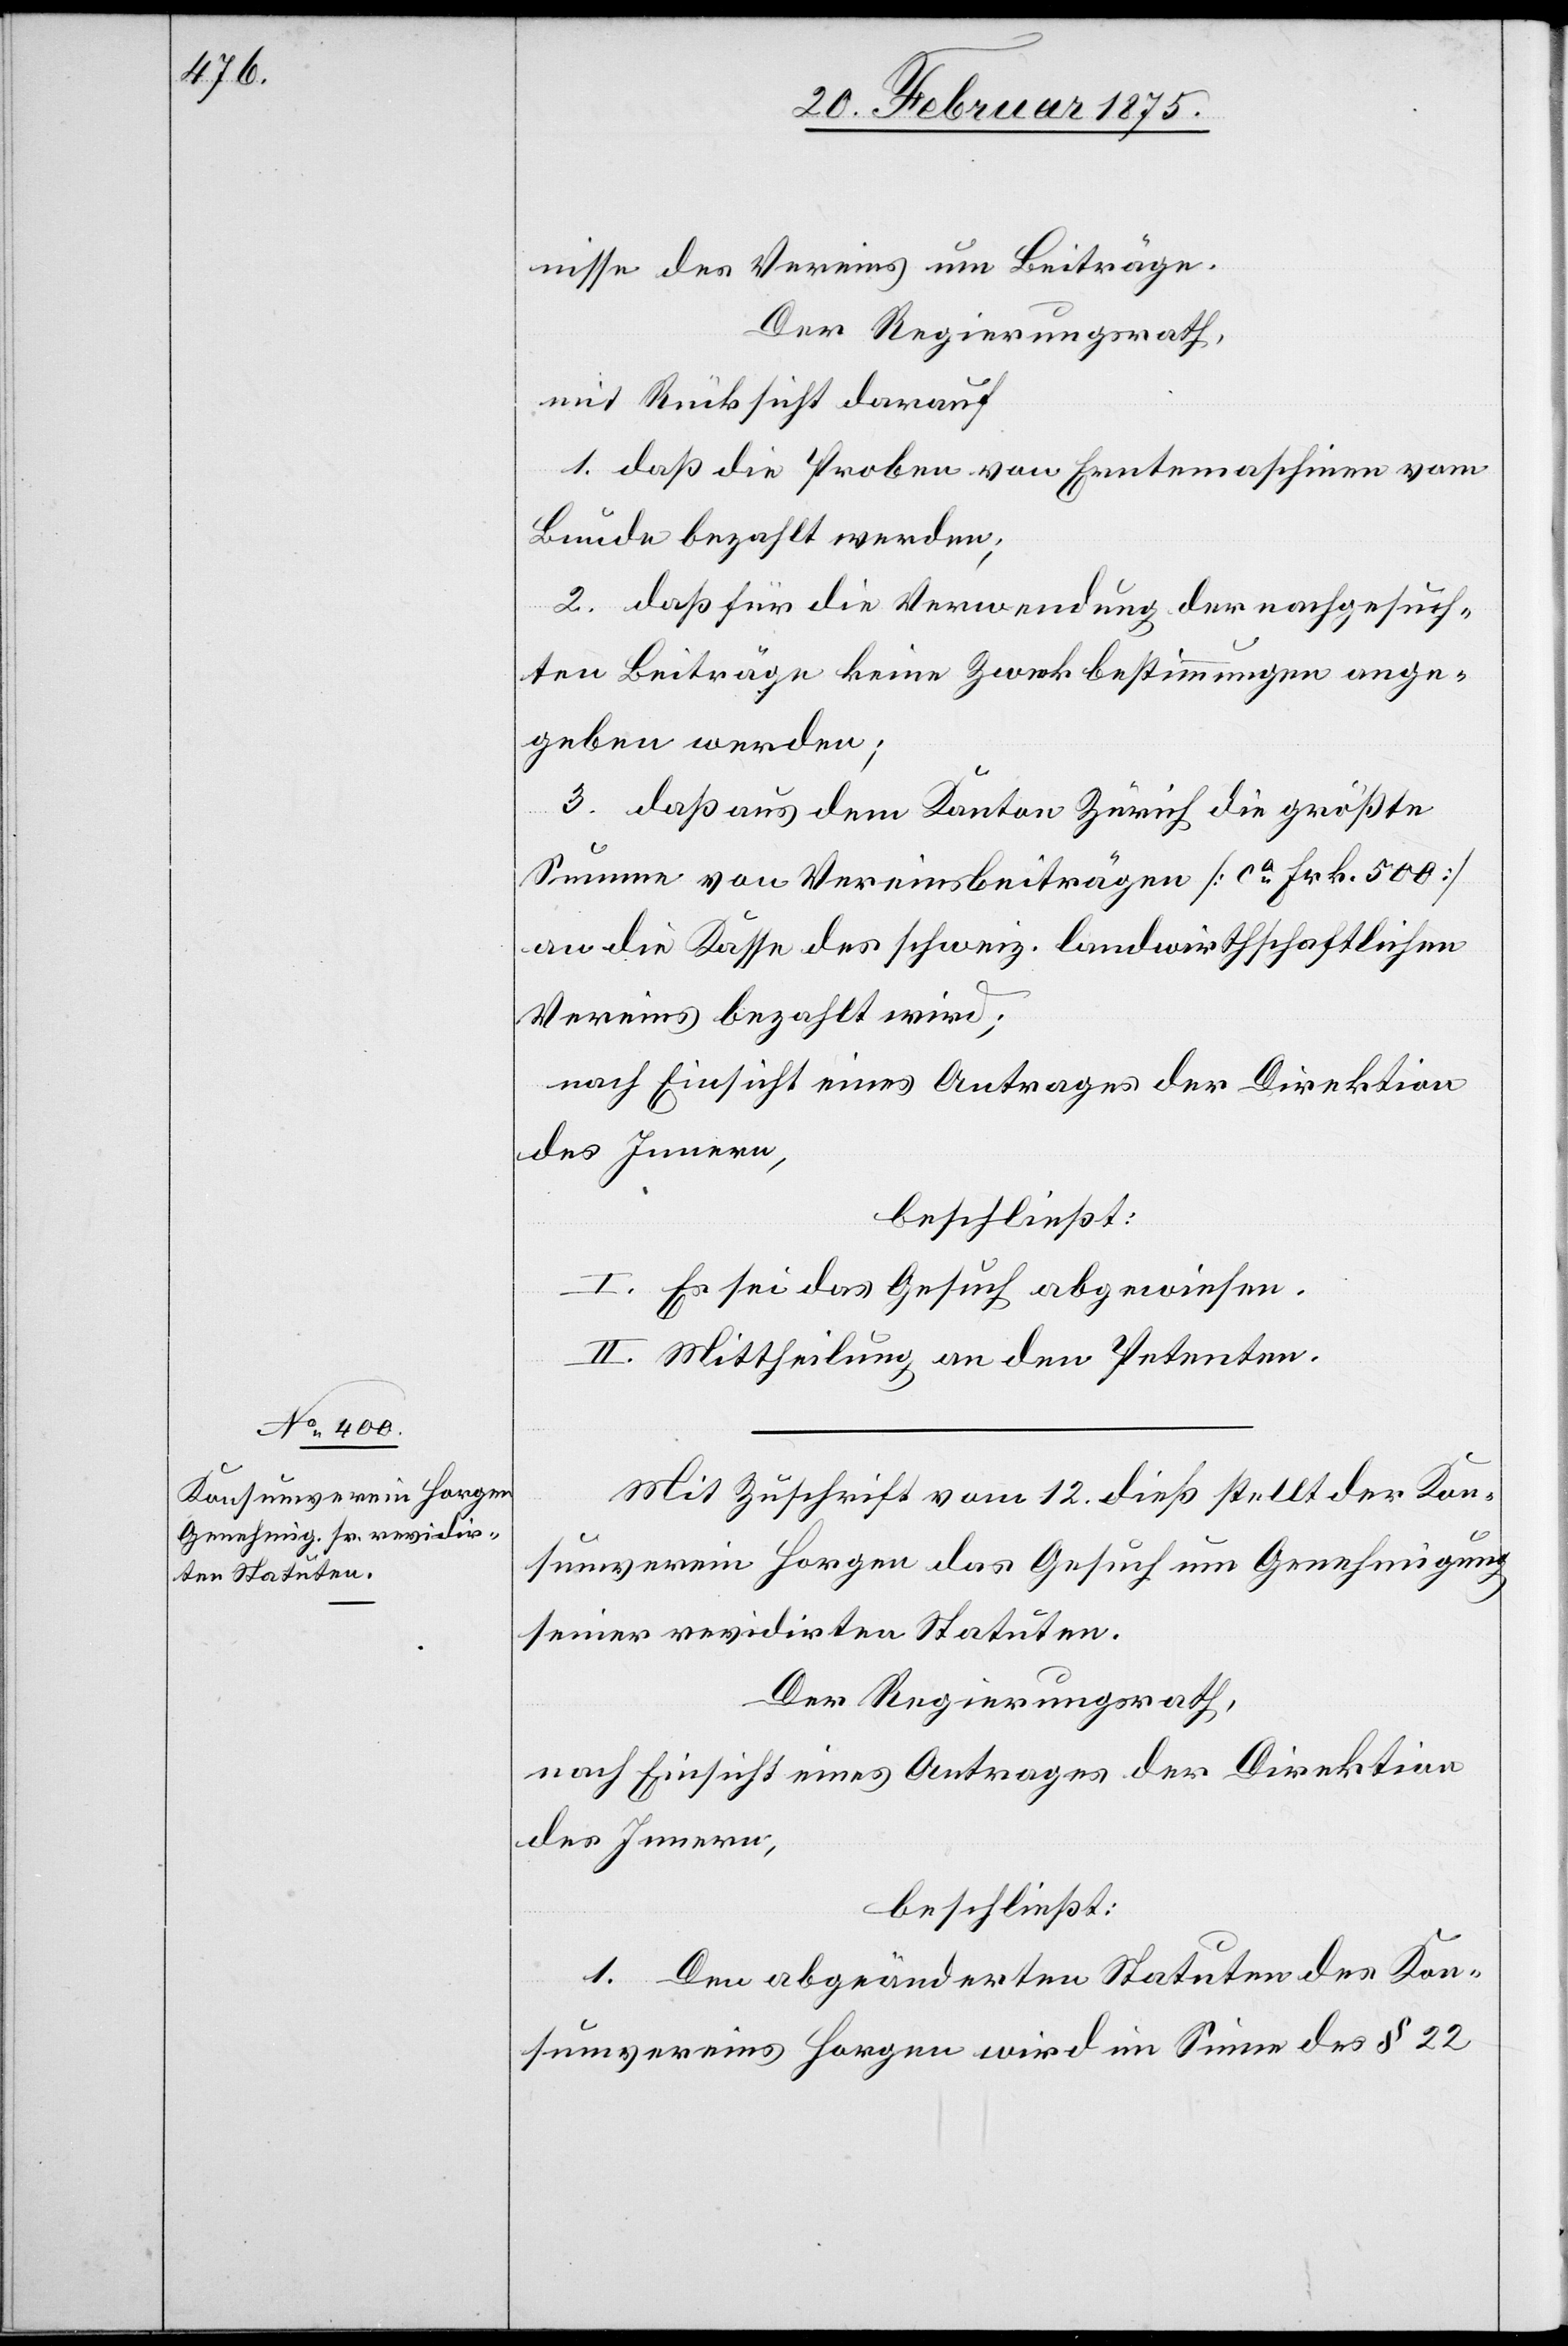
nisse des Vereins um Beiträge.
Der Regierungsrath,
mit Rücksicht darauf
1. daß die Proben von Erntemaschinen vom
Bunde bezahlt werden;
2. daß für die Verwendung der nachgesuch¬
ten Beiträge keine Zweckbestimmungen ange¬
geben werden;
3. daß aus dem Kanton Zürich die größte
Summe von Vereinsbeiträgen 8ca Frk. 500
an die Kasse des schweiz. landwirthschaftlichen
Vereins bezahlt wird;
nach Einsicht eines Antrages der Direktion
des Innern,
beschließt:
I. Es sei das Gesuch abgewiesen.
II. Mittheilung an den Petenten.
Mit Zuschrift vom 12. dieß stellt der Kon¬
sumverein Horgen das Gesuch um Genehmigung
seiner revidirten Statuten.
Der Regierungsrath,
nach Einsicht eines Antrages der Direktion
des Innern,
beschließt:
1. Den abgeänderten Statuten des Kon¬
sumvereins Horgen wird im Sinne des § 22